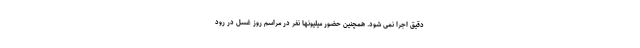
دقیق اجرا نمی شود. همچنین حضور میلیونها نفر در مراسم روز غسل در رود